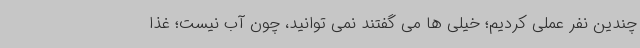
چندین نفر عملی کردیم؛ خیلی ها می گفتند نمی توانید، چون آب نیست؛ غذا